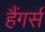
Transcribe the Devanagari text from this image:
हैंगर्स